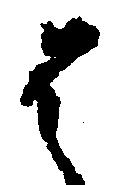
は